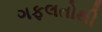
ગફલતોથી